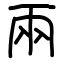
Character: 兩